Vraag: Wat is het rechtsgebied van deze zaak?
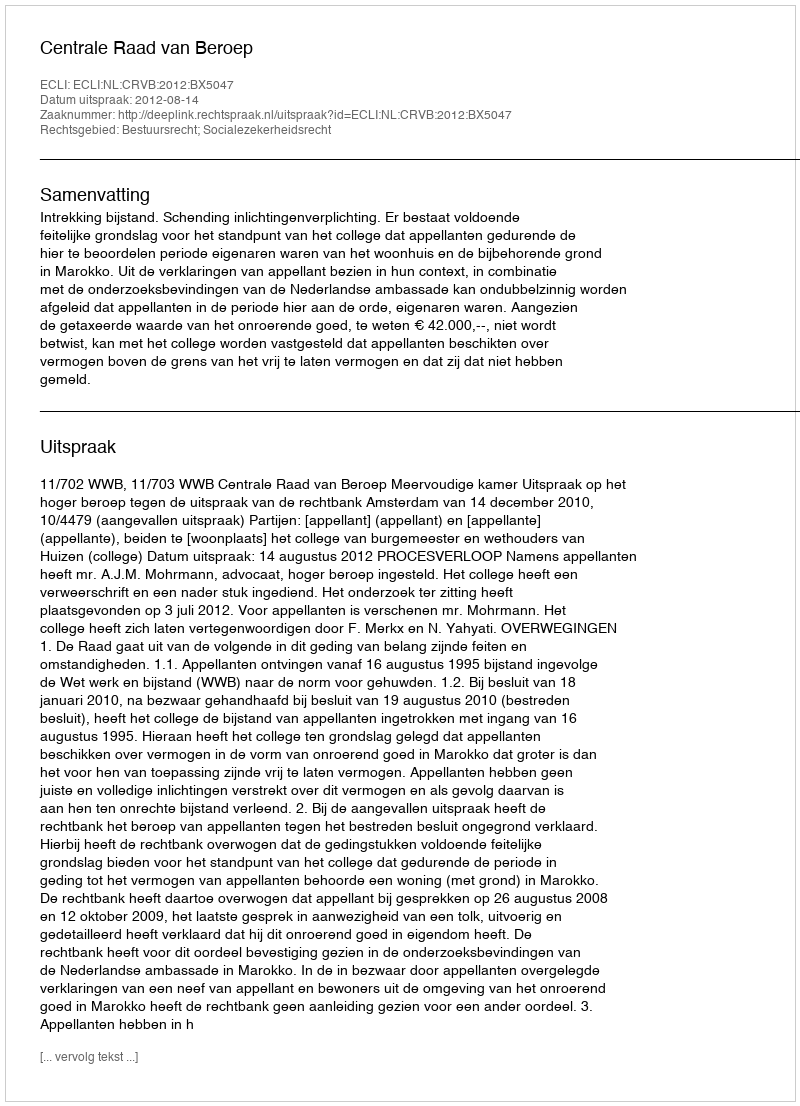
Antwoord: Bestuursrecht; Socialezekerheidsrecht